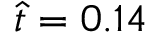
\hat { t } = 0 . 1 4